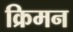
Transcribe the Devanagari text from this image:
क्रिमन